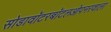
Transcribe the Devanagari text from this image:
सोडावॉटरबॉटलओपनरवाला